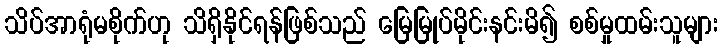
သိပ်အာရုံမစိုက်ဟု သိရှိနိုင်ရန်ဖြစ်သည် မြေမြုပ်မိုင်းနင်းမိ၍ စစ်မှုထမ်းသူများ